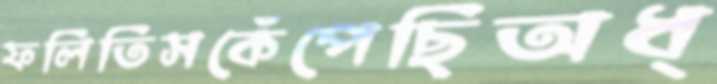
ফলিতিসকেঁপেছিঅধ্